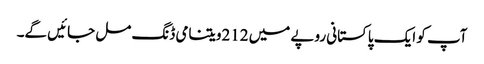
آپ کو ایک پاکستانی روپے میں 212ویتنامی ڈنگ مل جائیں گے۔